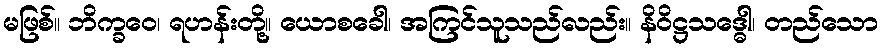
မဖြစ်။ ဘိက္ခဝေ၊ ရဟန်းတို့။ ယောစခေါ၊ အကြင်သူသည်လည်း။ နိဝိဋ္ဌသဒ္ဓေါ၊ တည်သော